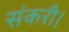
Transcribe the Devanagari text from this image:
संकरी।